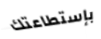
بإستطاعتك